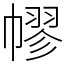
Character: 𢄪